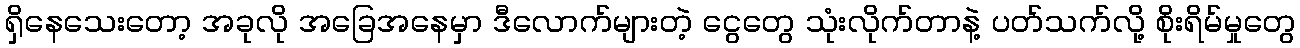
ရှိနေသေးတော့ အခုလို အခြေအနေမှာ ဒီလောက်များတဲ့ ငွေတွေ သုံးလိုက်တာနဲ့ ပတ်သက်လို့ စိုးရိမ်မှုတွေ